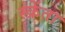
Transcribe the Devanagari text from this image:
स्क्रेंता